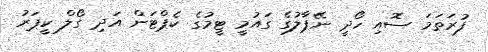
ފުރަތަމަ ސޮއި ހޯދީ ނޭޕާލުގެ ގައުމީ ޓީމުގެ ކެޕްޓަން އަދި ގޯލް ކީޕަރު